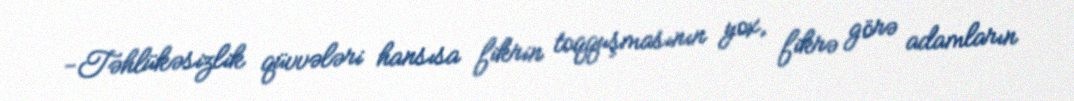
-Təhlükəsizlik qüvvələri hansısa fikrin toqquşmasının yox, fikrə görə adamların